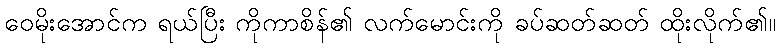
ဝေမိုးအောင်က ရယ်ပြီး ကိုကာစိန်၏ လက်မောင်းကို ခပ်ဆတ်ဆတ် ထိုးလိုက်၏။